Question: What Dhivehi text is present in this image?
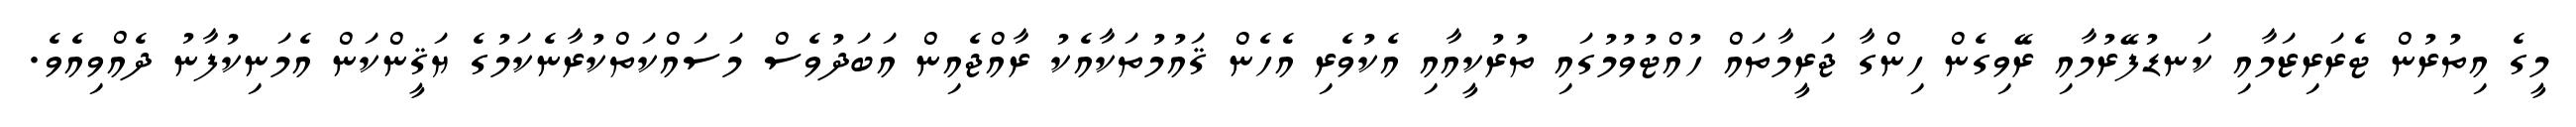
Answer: މީގެ އިތުރުން ޓެރަރިޒަމާއި ކަނޑުފޭރުމާއި ރޭވިގެން ހިންގާ ޖަރީމާތައް ހުއްޓުވުމުގައި ތުރުކީއާއި އެކުވެރި އެހެން ޤައުމުތަކާއެކު ރާއްޖެއިން އަބަދުވެސް މަސައްކަތްކުރާނެކަމުގެ ޔަޤީންކަން އެމަނިކުފާނު ދެއްވިއެވެ.